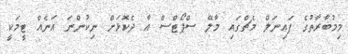
މިމުބާރާތުގެ ފައިނަލް މެޗްގައި މާލޭ ސްޕޯޓްސް އާ ދެކޮޅަށް ނިކުންނަ އަނެއް ޓީމަކީ